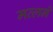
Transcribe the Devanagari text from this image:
मत्लने